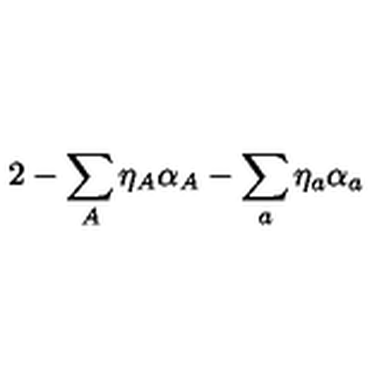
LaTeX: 2 - \sum _ { A } \eta _ { A } \alpha _ { A } - \sum _ { a } \eta _ { a } \alpha _ { a }